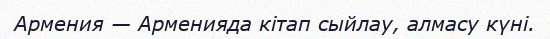
Армения — Арменияда кітап сыйлау, алмасу күні.